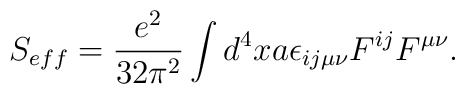
S_{eff}=\frac{e^2}{32\pi^2}\int d^4xa\epsilon_{ij\mu\nu}F^{ij}F^{\mu\nu} .